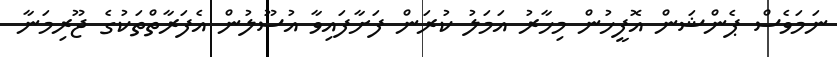
ނަމަވެސް ޕެންޝަން އޮފީހުން މިހާރު އަމަލު ކުރަން ފަށާފައިވާ އުސޫލުން އެފަރާތްތަކުގެ ޖޫރިމަނާ